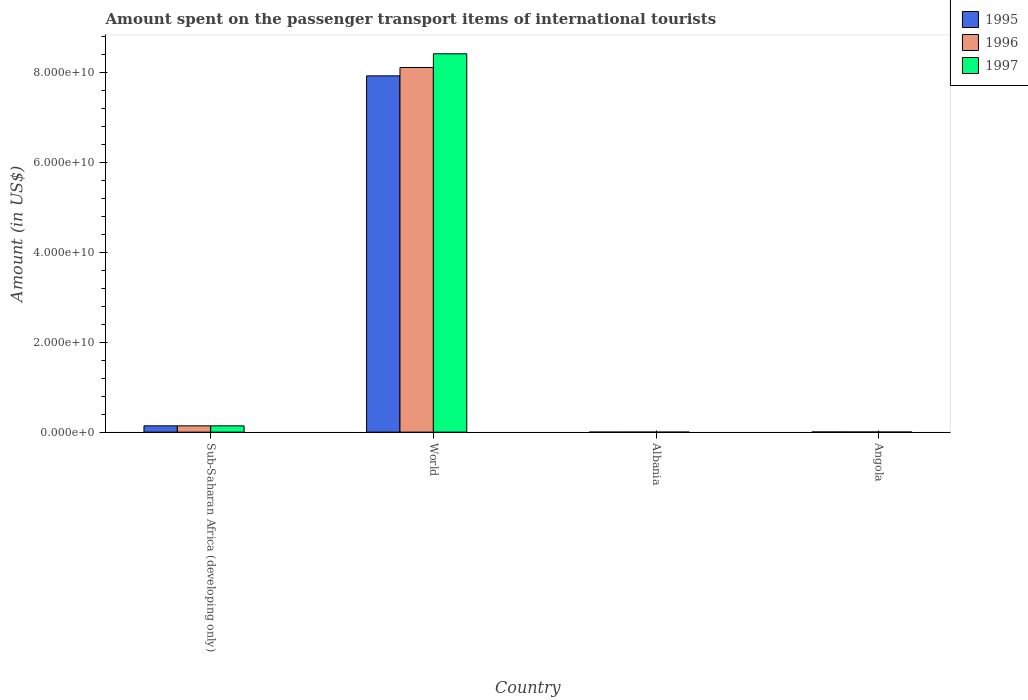
| Country | 1995 | 1996 | 1997 |
 | --- | --- | --- | --- |
 | Sub-Saharan Africa (developing only) | 1.41e+09 | 1.4e+09 | 1.4e+09 |
 | World | 7.93e+10 | 8.11e+10 | 8.42e+10 |
 | Albania | 1.2e+07 | 1.3e+07 | 8e+06 |
 | Angola | 3.78e+07 | 3.74e+07 | 2.72e+07 |